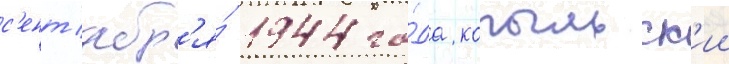
с'ент'ябр'я́ 1944 го́да копыльск'ии